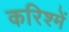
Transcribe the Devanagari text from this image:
करिश्में